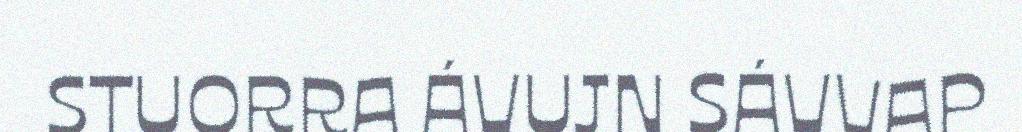
STUORRA ÁVUJN SÁVVAP